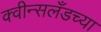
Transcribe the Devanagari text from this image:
क्वीन्सलँडच्या